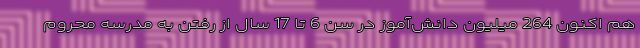
هم اکنون 264 میلیون دانش‌آموز در سن 6 تا 17 سال از رفتن به مدرسه محروم